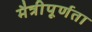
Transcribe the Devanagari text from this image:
मैत्रीपूर्णता